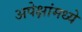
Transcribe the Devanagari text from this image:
अपेक्षांमध्ये